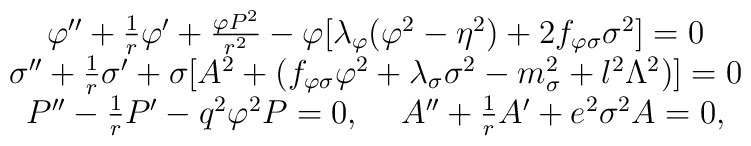
\begin{array}{cc}\varphi '' + \frac{1}{r}\varphi ' + \frac{\varphi P^2}{r^2} -\varphi [\lambda_{\varphi}(\varphi^2 - \eta^2) + 2f_{\varphi \sigma}\sigma^2]=0\\\sigma'' + \frac{1}{r}\sigma' + \sigma[A^2 +(f_{\varphi \sigma}\varphi^2 + \lambda_{\sigma} \sigma^2 -m_{\sigma}^2 + l^2 \Lambda^2)] =0\\P'' - \frac{1}{r}P' - q^2 \varphi^2P = 0, \hspace{.5 true cm} A'' + \frac{1}{r}A' + e^2 \sigma^2A =0, \end{array}